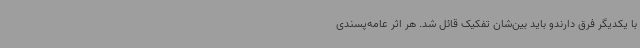
با یکدیگر فرق دارندو باید بین‌شان تفکیک قائل شد. هر اثر عامه‌پسندی